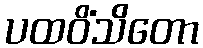
ပထဝိံသိတော